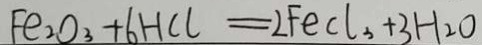
F e _ { 2 } o _ { 3 } + 6 H C l = 2 F e C l _ { 3 } + 3 H _ { 2 } O